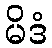
မိဒံ